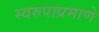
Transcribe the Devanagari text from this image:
स्वरुपाप्रमाणे